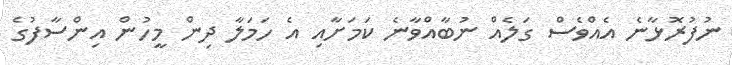
ނުފުރޮޅާނެ އެއްވެސް ގަލެއް ނުބާއްވާނެ ކަމަށާއި އެ ހަމަލާ ދިން މީހުން އިންސާފުގެ